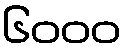
၆၀၀၀